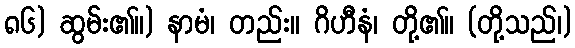
၈၆) ဆွမ်း၏။) နာမံ၊ တည်း။ ဂိဟီနံ၊ တို့၏။ (တို့သည်၊)